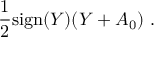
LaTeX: { \frac { 1 } { 2 } } \mathrm { s i g n } ( Y ) ( Y + A _ { 0 } ) \ .